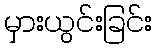
မှားယွင်းခြင်း